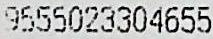
9555023304655